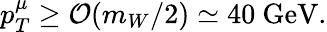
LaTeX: p_{T}^{\mu}\ge{\cal O}(m_{W}/2)\simeq 40\ \mathrm{GeV}.